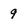
Character: 9